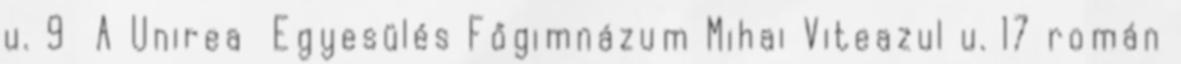
u. 9 A Unirea Egyesülés Főgimnázum Mihai Viteazul u. 17 román